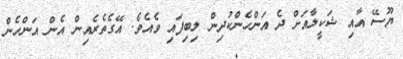
ޔޫސޭ އާއި ޝަކީލާއަށް ދެ އަންހެންކުދިން ލިބިފައި ވެއެވެ. އޭގެތެރެއިން އެން އަންހެން